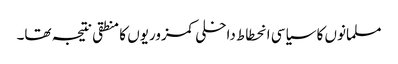
مسلمانوں کا سیاسی انحطاط داخلی کمزوریوں کا منطقی نتیجہ تھا۔